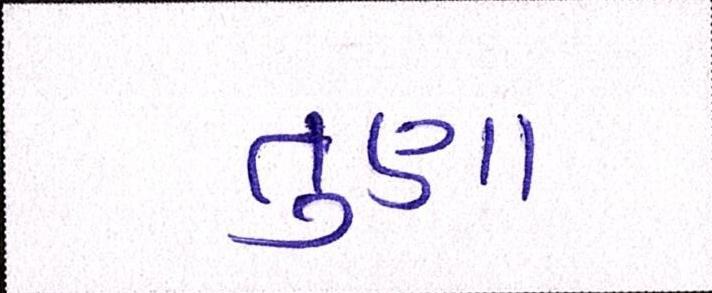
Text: તુણા